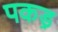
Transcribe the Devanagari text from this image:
पकड़़